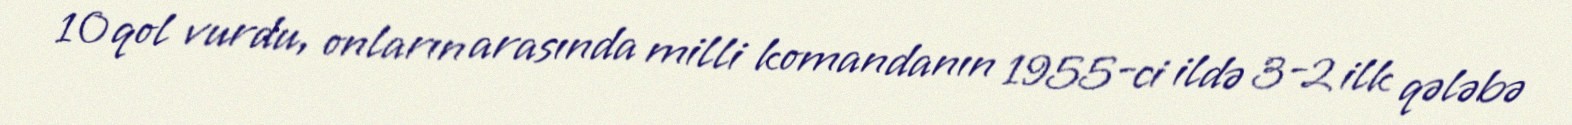
10 qol vurdu, onların arasında milli komandanın 1955-ci ildə 3-2 ilk qələbə